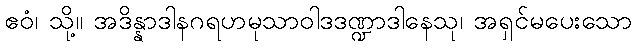
ဧဝံ၊ သို့။ အဒိန္နာဒါနဂရဟမုသာဝါဒဒဏ္ဍာဒါနေသု၊ အရှင်မပေးသော